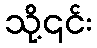
သို့၎င်း